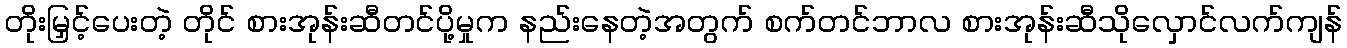
တိုးမြှင့်ပေးတဲ့ တိုင် စားအုန်းဆီတင်ပို့မှုက နည်းနေတဲ့အတွက် စက်တင်ဘာလ စားအုန်းဆီသိုလှောင်လက်ကျန်